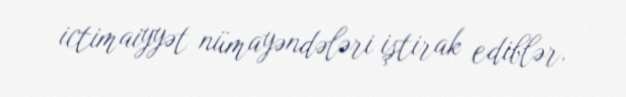
ictimaiyyət nümayəndələri iştirak ediblər.